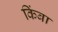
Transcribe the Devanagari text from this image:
किंबा